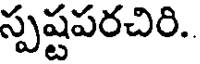
స్పష్టపరచిరి.